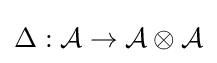
\Delta :{\mathcal {A}}\rightarrow {\mathcal {A\otimes A}}